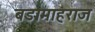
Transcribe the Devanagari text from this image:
बडामाहराज